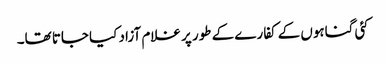
کئی گناہوں کے کفارے کے طور پر غلام آزاد کیا جاتا تھا۔